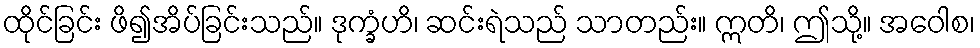
ထိုင်ခြင်း ဖိ၍အိပ်ခြင်းသည်။ ဒုက္ခံဟိ၊ ဆင်းရဲသည် သာတည်း။ ဣတိ၊ ဤသို့။ အဝေါစ၊